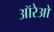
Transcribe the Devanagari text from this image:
ऑरेओ